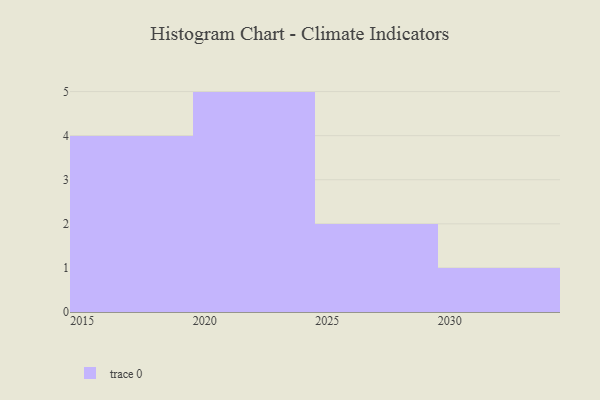
{"axis": {"x": "Year", "y": "Inventory Turnover"}, "legend": [""], "data": [{"x": "2023", "y": 42, "type": ""}, {"x": "2030", "y": 94, "type": ""}, {"x": "2027", "y": 18, "type": ""}, {"x": "2022", "y": 27, "type": ""}, {"x": "2020", "y": 9, "type": ""}, {"x": "2019", "y": 88, "type": ""}, {"x": "2024", "y": 100, "type": ""}, {"x": "2016", "y": 47, "type": ""}, {"x": "2015", "y": 30, "type": ""}, {"x": "2025", "y": 99, "type": ""}, {"x": "2018", "y": 68, "type": ""}, {"x": "2021", "y": 50, "type": ""}]}